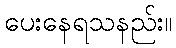
ပေးနေရသနည်း။